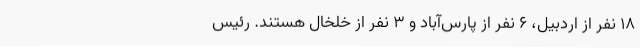
18 نفر از اردبیل، 6 نفر از پارس‌آباد و 3 نفر از خلخال هستند. رئیس